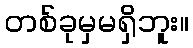
တစ်ခုမှမရှိဘူး။